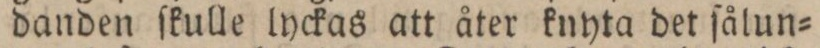
danden ſkulle lyckas att åter knyta det ſålun=